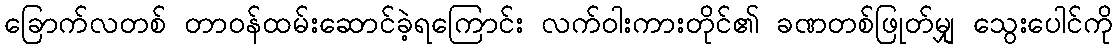
ခြောက်လတစ် တာဝန်ထမ်းဆောင်ခဲ့ရကြောင်း လက်ဝါးကားတိုင်၏ ခဏတစ်ဖြုတ်မျှ သွေးပေါင်ကို